Civil Veterinary Dept. Bombay admin report 1914-1922 - 1914-1922
Year: 1914
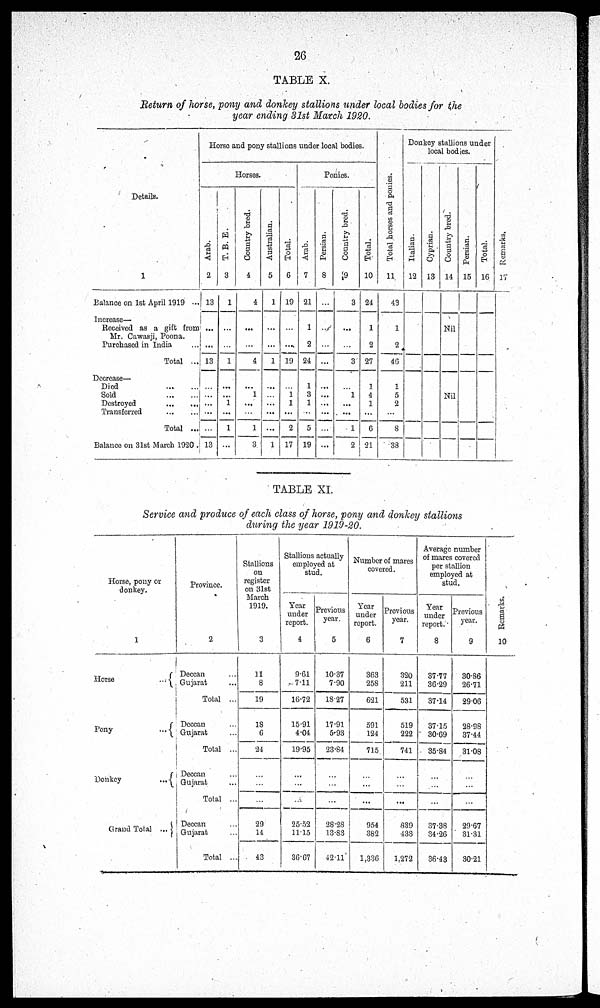
26
TABLE X.
Return of horse, pony and donkey stallions under local bodies for the
year ending 31st March 1920.
Details.
1
Balance on 1st April 1919 ...
Increase—
Received as a gift from
Mr. Cawasji, Poona.
Purchased in India ...
Total ...
Decrease—
Died ... ...
Sold ... ...
Destroyed ... ...
Transferred ... ...
Total ...
Balance on 31st March 1920
Horse and pony stallions under local bodies.
Horses.
Arab.
2
13
...
...
13
...
...
...
...
...
13
T. B. E.
3
1
...
...
1
...
...
1
...
1
...
Country bred.
4
4
...
...
4
...
1
...
...
1
3
Australian.
5
1
...
...
1
...
...
...
...
1
Total.
6
19
...
...
19
...
1
1
...
2
17
Ponies.
Arab.
7
21
1
2
24
1
3
1
...
5
19
Persian.
8
...
...
...
...
...
...
...
...
...
...
Country bred.
9
3
...
...
3
...
1
...
...
1
2
Total.
10
24
1
2
27
1
4
1
...
6
21
Tot al hor s es and ponies.
11
43
1
2
46
1
5
2
...
8
33
Donkey stallions under
local bodies.
Italian.
12
Cypr i
an.
13
Count r y bred.
14
Nil
Nil
Persian.
15
Tot al .
16
Remarks.
17
TABLE XI.
Service and produce of each class of horse, pony and donkey stallions
during the year 1919-20.
Horse, pony or
donkey.
1
Horse ...
Pony ...
Donkey ...
Grand Total ...
Province.
2
Deccan ...
Gujarat ...
Total ...
Deccan ...
Gujarat ...
Total ...
Deccan ...
Gujarat ...
Total ...
Deccan ...
Gujarat ...
Total ...
Stallions
on
register
on 31st
March
1919.
3
31
8
19
18
6
24
...
...
...
29
14
43
Stallions actually
employed at
stud.
Year
under
report.
4
9.61
7.11
16.72
15.91
4.04
19.95
...
...
...
25.52
11.15
36.67
Previous
year.
5
10.37
7.90
18.27
17.91
5.93
23.84
...
...
...
28.28
13.83
42.11
Number of mares
covered.
Year
under
report.
6
363
258
621
591
124
715
...
...
...
954
382
1,336
Previous
year.
7
320
211
531
519
222
741
...
...
...
839
433
1,272
Average number
of mares covered
per stallion
employed at
stud.
Year
under
report.
8
37.77
36.29
37.14
37.15
30.69
35.84
...
...
...
37.38
34.26
36.43
Previous
year.
9
30.86
26.71
29.06
28.98
37.44
31.08
...
...
...
29.67
31.31
30.21
Remarks.
10